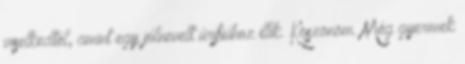
viselkedtél, amint egy jólnevelt úrifiúhoz illik. Köszönöm. Még gyermek